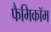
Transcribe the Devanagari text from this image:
फैमिकॉम